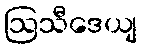
ဩသီဒေယျ